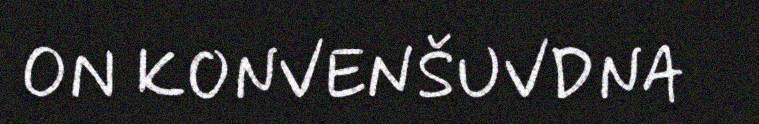
ON KONVENŠUVDNA